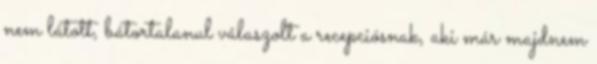
nem látott, bátortalanul válaszolt a recepciósnak, aki már majdnem